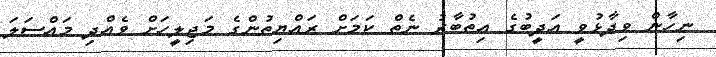
ނިހާން ވިދާޅުވީ އަދީބުގެ އިތުބާރު ނެތް ކަމަށް ރައްޔިތުންގެ މަޖިލީހަށް ވެއްދި މައްސަލަ